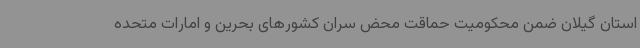
استان گیلان ضمن محکومیت حماقت محض سران کشورهای بحرین و امارات متحده